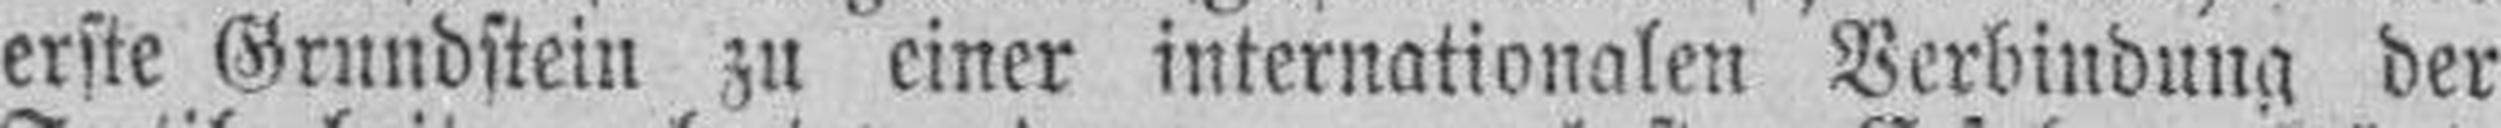
erste Grundstein zu einer internationalen Verbindung der